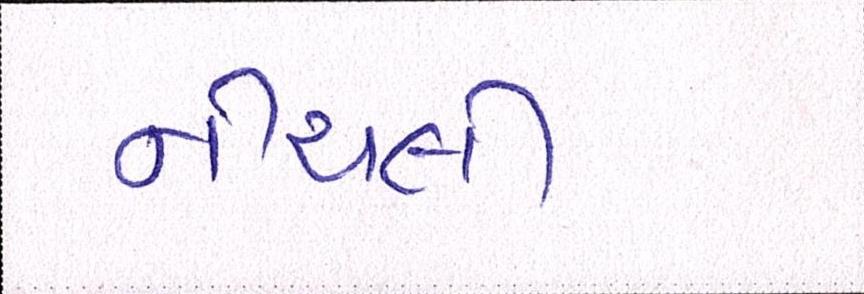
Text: નીચલી